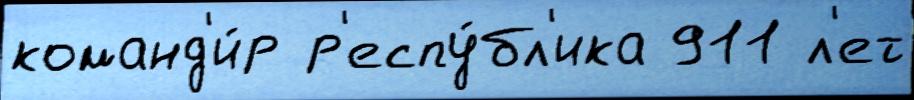
команд'и́р р'еспу́бл'ика 911 л'ет